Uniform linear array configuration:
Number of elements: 32
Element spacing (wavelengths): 0.25
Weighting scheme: exponential
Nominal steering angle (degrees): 0
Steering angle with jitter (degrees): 0.06416
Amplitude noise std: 0.05
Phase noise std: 0.05

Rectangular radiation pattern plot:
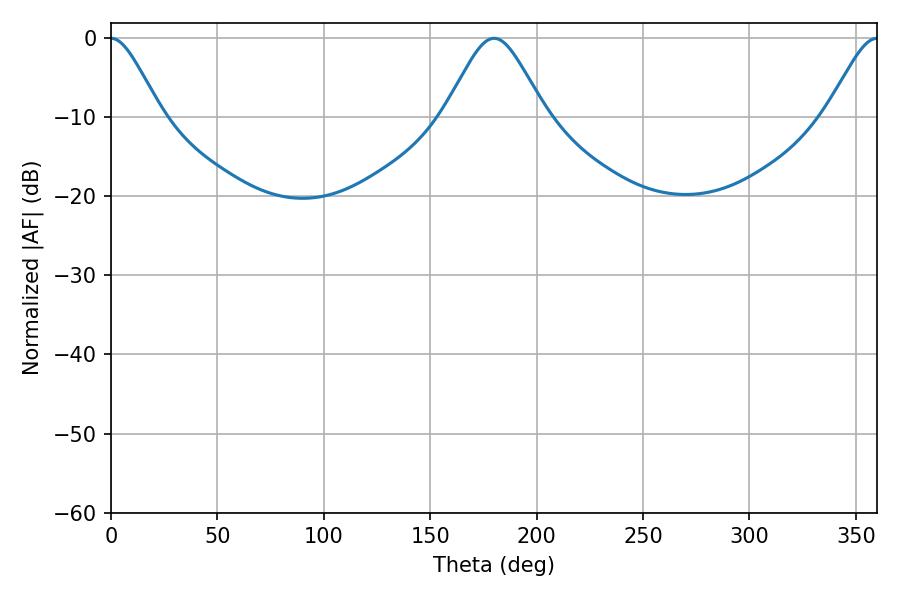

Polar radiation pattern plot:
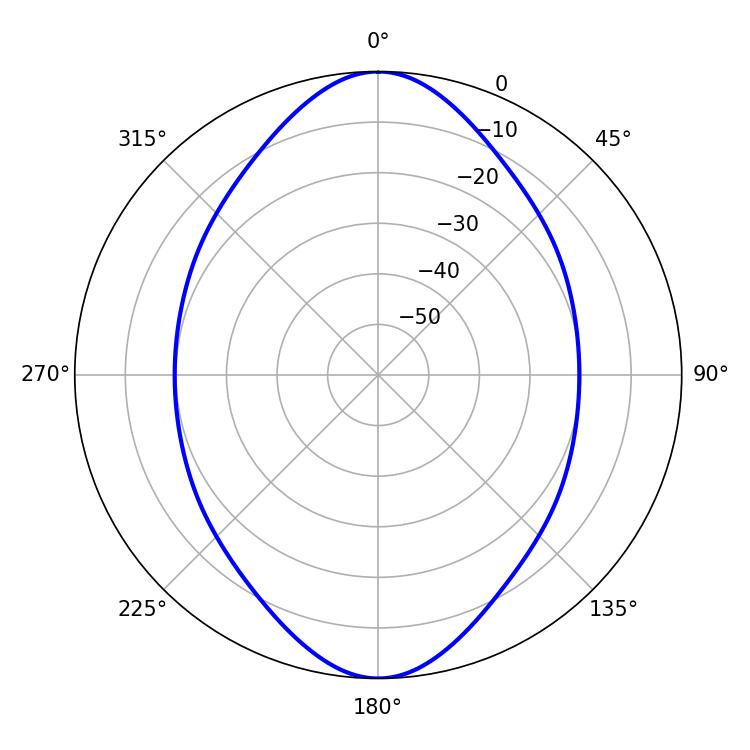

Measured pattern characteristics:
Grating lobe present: FALSE
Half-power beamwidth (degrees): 11.52
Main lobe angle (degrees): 0